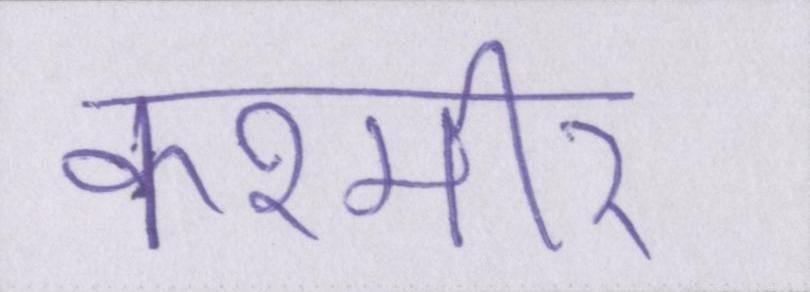
कश्मीर